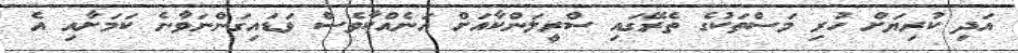
އަދި ކުރިޔަށް ހުރި މަސްތަކުގެ ތެރޭގައި ސްރީލަންކާއަށް އަނެއްކާވެސް ވަޑައިގަންނަވާނެ ކަމަށާއި އެ